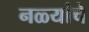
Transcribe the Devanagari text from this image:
नळ्यांचे